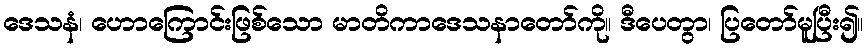
ဒေသနံ၊ ဟောကြောင်းဖြစ်သော မာတိကာဒေသနာတော်ကို။ ဒီပေတွာ၊ ပြတော်မူပြီး၍။